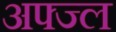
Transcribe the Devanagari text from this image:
अफ्ज्ल